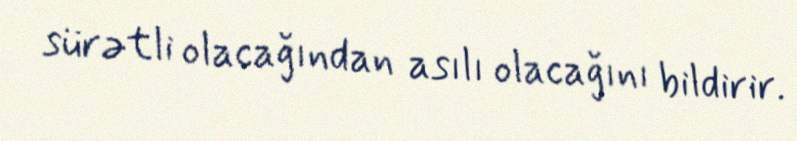
sürətli olacağından asılı olacağını bildirir.